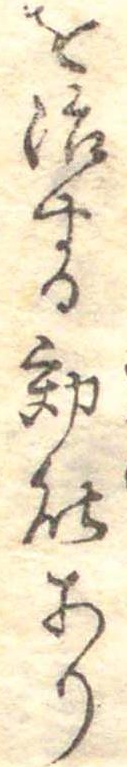
を治する効能あり